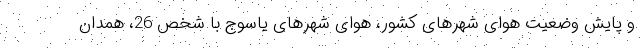
و پایش وضعیت هوای شهرهای کشور، هوای شهرهای یاسوج با شخص 26، همدان